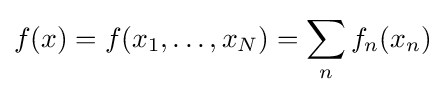
f(x)=f(x_{1},\dots ,x_{N})=\sum _{n}f_{n}(x_{n})